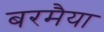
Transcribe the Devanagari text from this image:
बरमैया